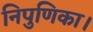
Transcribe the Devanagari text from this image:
निपुणिका।